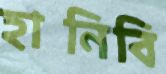
হানিবি